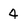
Character: 4